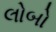
લોબો